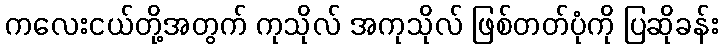
ကလေးငယ်တို့အတွက် ကုသိုလ် အကုသိုလ် ဖြစ်တတ်ပုံကို ပြဆိုခန်း